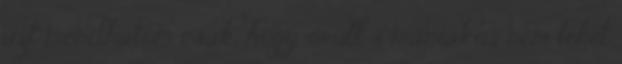
azt mondhatom csak, hogy őrült s mániákus nem lehet